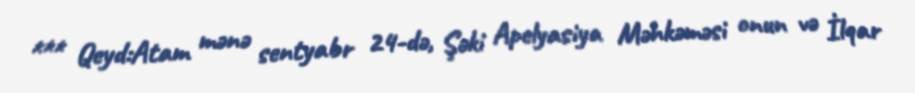
*** Qeyd:Atam mənə sentyabr 24-də, Şəki Apelyasiya Məhkəməsi onun və İlqar